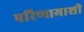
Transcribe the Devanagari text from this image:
परिणामाशी